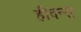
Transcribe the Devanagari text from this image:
हीदन्स